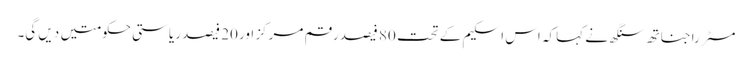
مسٹر راجناتھ سنگھ نے کہا کہ اس اسکیم کے تحت 80 فیصد رقم مرکز اور 20 فیصد ریاستی حکومتیں دیں گی۔